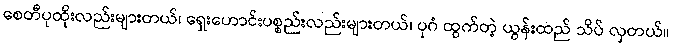
စေတီပုထိုးလည်းများတယ်၊ ရှေးဟောင်းပစ္စည်းလည်းများတယ်၊ ပုဂံ ထွက်တဲ့ ယွန်းထည် သိပ် လှတယ်။